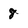
Character: 8